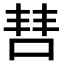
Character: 𫪙